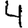
Digit: 4